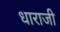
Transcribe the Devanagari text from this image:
धाराजी